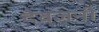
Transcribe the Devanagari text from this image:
देवजनी